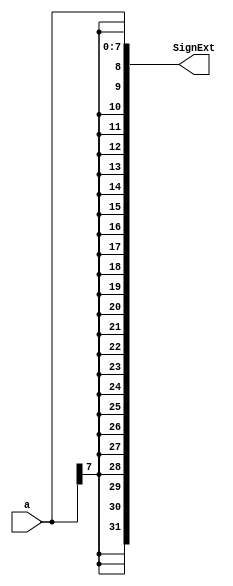
module sign_extend
  #(parameter WIDTH = 8, SIGNS = 24)
  (a,SignExt);

   input [WIDTH-1:0] a;
   output [31:0] SignExt;

  assign SignExt = {{(32 - WIDTH){a[WIDTH-1]}}, a};

endmodule